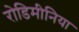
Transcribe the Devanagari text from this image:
रोडिमीनिया